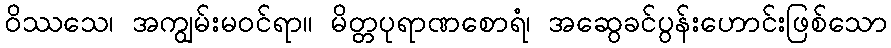
ဝိဿသေ၊ အကျွမ်းမဝင်ရာ။ မိတ္တပုရာဏစောရံ၊ အဆွေခင်ပွန်းဟောင်းဖြစ်သော